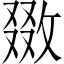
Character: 敪